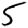
Digit: 5